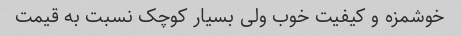
خوشمزه و کیفیت خوب ولی بسیار‌ کوچک نسبت به قیمت